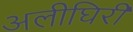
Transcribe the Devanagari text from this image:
अलीघिरी